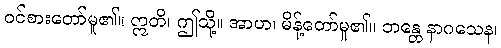
ဝင်စားတော်မူ၏။ ဣတိ၊ ဤသို့။ အာဟ၊ မိန့်တော်မူ၏။ ဘန္တေ နာဂသေန၊